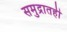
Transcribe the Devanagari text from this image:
समुद्रातही